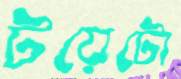
টয়েটো